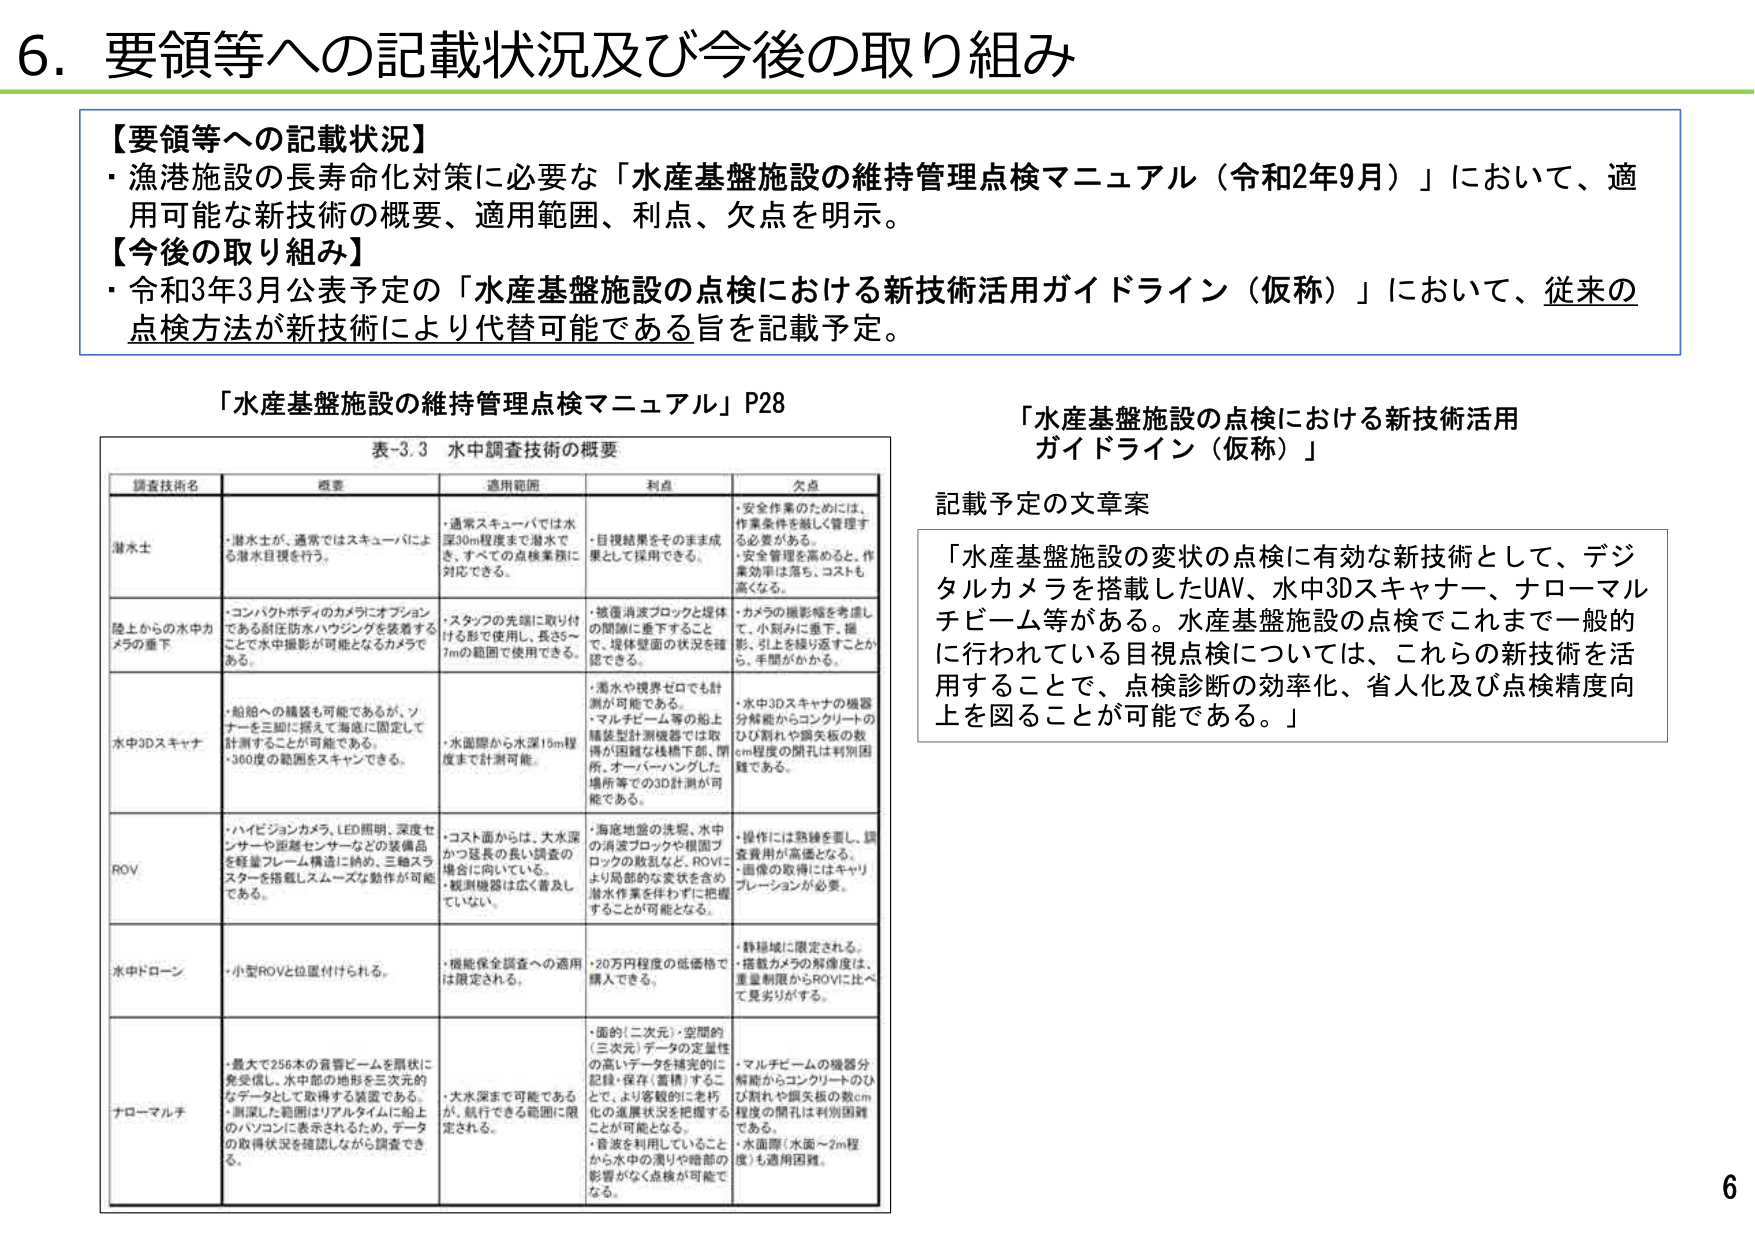
6. 要領等への記載状況及び今後の取り組み

【要領等への記載状況】
・漁港施設の長寿命化対策に必要な「水産基盤施設の維持管理点検マニュアル（令和2年9月）」において、適用可能な新技術の概要、適用範囲、利点、欠点を明示。

【今後の取り組み】
・令和3年3月公表予定の「水産基盤施設の点検における新技術活用ガイドライン（仮称）」において、従来の点検方法が新技術により代替可能である旨を記載予定。

「水産基盤施設の維持管理点検マニュアル」P28

表-3.3 水中調査技術の概要

| 調査技術名 | 概要 | 適用範囲 | 利点 | 欠点 |
|------------|------|----------|------|------|
| 潜水士 | ・潜水士が、通常ではスキューバによる潜水目視を行う。 | ・通常スキューバでは水深30m程度まで潜水でき、すべての点検業務に対応できる。 | ・目視結果をそのまま成果として採用できる。 | ・安全作業のためには、作業条件を厳しく管理する必要がある。<br>・安全管理を高めると、作業効率は落ち、コストも高くなる。 |
| 陸上からの水中カメラの垂下 | ・コンパクトボディのカメラにオプションである耐圧防水ハウジングを装着することで水中撮影が可能となるカメラである。 | ・スタッフの先端に取り付けた形で使用し、長さ5～7mの範囲で使用できる。 | ・被覆消波ブロックと堤体の間隙に垂下することで、堤体壁面の状況を確認できる。 | ・カメラの撮影幅を考慮して、小刻みに垂下、撮影、引きを繰り返すことから、手間がかかる。 |
| 水中3Dスキャナ | ・船舶への積載も可能であるが、ソナーを三脚に据えて海底に固定して計測することが可能である。<br>・360度の範囲をスキャンできる。 | ・水面際から水深15m程度まで計測可能。 | ・濁水や視界ゼロでも計測が可能である。<br>・マルチビーム等の船上積載型計測機器では取得が困難な桟橋下部、閉所、オーバーハングした場所等での3D計測が可能である。 | ・水中3Dスキャナの機器分解能からコンクリートのひび割れや損失板の数cm程度の開孔は判別困難である。 |
| ROV | ・ハイビジョンカメラ、LED照明、深度センサーや距離センサーなどの装備品を軽量フレーム構造に納め、三軸スラスターを搭載しスムーズな動作が可能である。 | ・コスト面からは、大水深かつ延長の長い調査の場合に向いている。<br>・観測機器は広く普及していない。 | ・海底地盤の洗堀、水中の消波ブロックや根固ブロックの散乱など、ROVにより局部的な変状を含め潜水作業を伴わずに把握することが可能となる。 | ・操作には熟練を要し、調査費用が高価となる。<br>・画像の取得にはキャリブレーションが必要。 |
| 水中ドローン | ・小型ROVと位置付けられる。 | ・機能保全調査への適用は限定される。 | ・20万円程度の低価格で購入できる。 | ・幹易域に限定される。<br>・搭載カメラの解像度は、重量制限からROVに比べて見劣りがする。 |
| ナローマルチ | ・最大で256本の音響ビームを扇状に発受信し、水中部の地形を三次元的なデータとして取得する装置である。<br>・測深した範囲はリアルタイムに船上のパソコンに表示されるため、データの取得状況を確認しながら調査できる。 | ・大水深まで可能であるが、航行できる範囲に限定される。 | ・面的（二次元）・空間的（三次元）データの定量化の高いデータを確実的に記録・保存（蓄積）することにより、より客観的に老朽化の進展状況を把握することが可能となる。<br>・音波を利用していることから水中の濁りや暗部の影響がなく点検が可能となる。 | ・マルチビームの機器分解能からコンクリートのひび割れや損失板の数cm程度の開孔は判別困難である。<br>・水面際（水面～2m程度）も適用困難。 |

「水産基盤施設の点検における新技術活用ガイドライン（仮称）」

記載予定の文章案

「水産基盤施設の変状の点検に有効な新技術として、デジタルカメラを搭載したUAV、水中3Dスキャナー、ナローマルチビーム等がある。水産基盤施設の点検でこれまで一般的に行われている目視点検については、これらの新技術を活用することで、点検診断の効率化、省人化及び点検精度向上を図ることが可能である。」

6